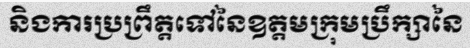
និងការប្រព្រឹត្តទៅនៃឧត្តមក្រុមប្រឹក្សានៃ